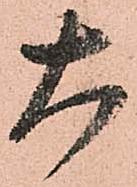
大